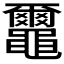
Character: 𪓿